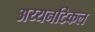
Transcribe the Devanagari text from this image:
अय्यनटिकल